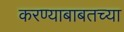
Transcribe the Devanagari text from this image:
करण्याबाबतच्या